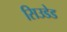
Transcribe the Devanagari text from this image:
सिउडेड